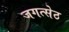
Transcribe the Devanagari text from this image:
जगत्सेठ